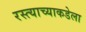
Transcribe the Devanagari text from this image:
रस्त्याच्याकडेला